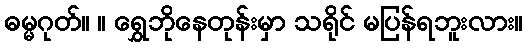
ဓမ္မဂုတ်။ ။ ရွှေဘိုနေတုန်းမှာ သရိုင် မပြန်ရဘူးလား။